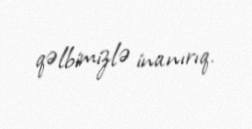
qəlbimizlə inanırıq.